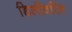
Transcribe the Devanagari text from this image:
डिलीवरिंग